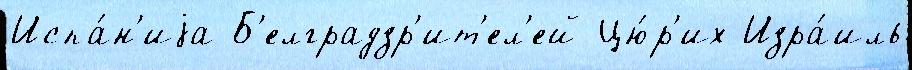
Испа́н'иjа Б'елградзр'ит'ел'ей Цю́р'их Изра́иль